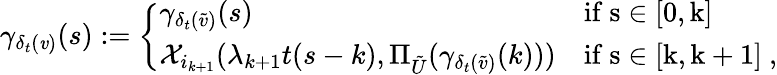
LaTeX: \gamma_{\delta_{t}(\mathit{v})}(s):=\left\{ \begin{array}{ll}{\gamma_{\delta_{t}(\tilde{v})}(s)}&{\mathrm{if~s\in[0,k]~}}\\ {\mathcal{X}_{i_{k+1}}(\lambda_{k+1}t(s-k),\Pi_{{\tilde{U}}}(\gamma_{\delta_{t}(\tilde{v})}(k)))}&{\mathrm{if~s\in[k,k+1]~,}}\end{array}\right.